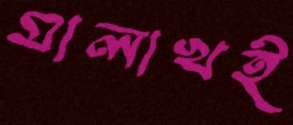
মালাখই